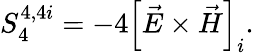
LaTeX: S_{4}^{4,4i}=-4\left[\vec{E}\times\vec{H}\right]_{i}.